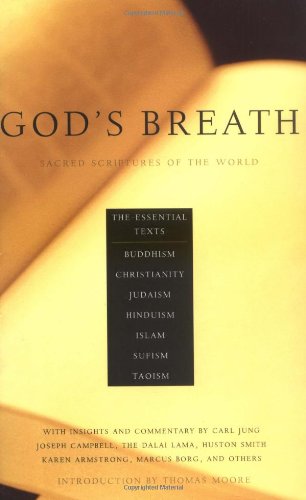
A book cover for God's Breath: Sacred Scriptures of the World -- The Essential Texts of Buddhism, Christianity, Judaism, Islam, Hinduism, Suf; John Miller; Religion & Spirituality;